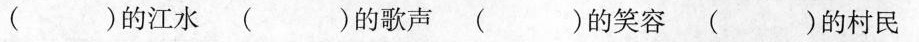
( )的江水( )的歌声( )的笑容( )的村民